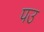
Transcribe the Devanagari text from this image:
पउ